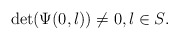
\begin{align*} \det(\Psi(0,\l)) \ne 0, \l \in S.\end{align*}